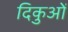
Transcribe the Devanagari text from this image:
दिकुओं